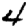
Digit: 4